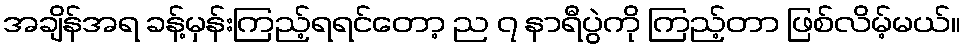
အချိန်အရ ခန့်မှန်းကြည့်ရရင်တော့ ည ၇ နာရီပွဲကို ကြည့်တာ ဖြစ်လိမ့်မယ်။